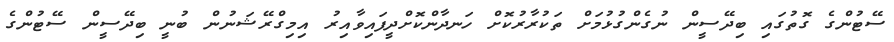
ސޭޓުންގެ ގޮތުގައި ބިދޭސީން ނުގެންގުޅުމަށް ތަކުރާރުކޮށް ހަނދާންކޮށްދީފައިވާއިރު އިމިގްރޭޝަނުން ބުނީ ބިދޭސީން ސޭޓުންގެ